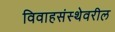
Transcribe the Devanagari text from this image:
विवाहसंस्थेवरील